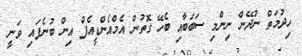
ހިދުމަތް ނުދޭން ނިންމި ސަބަބާއި ބެހޭ ގޮތުން އެމްއެންޑީއެފް އިން ބުނެފައި ވަނީ